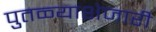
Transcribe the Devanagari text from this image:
पुतळ्याशेजारी